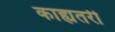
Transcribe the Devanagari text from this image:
काह्यतरी